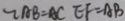
2 A B = A C E F = A B